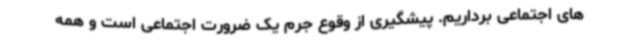
های اجتماعی برداریم. پیشگیری از وقوع جرم یک ضرورت اجتماعی است و همه